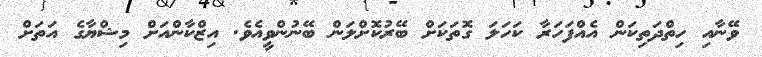
ވޭނާއި ހިތްދަތިކަން އެއްފަހަރާ ކަހަލަ ގޮތަކަށް ބޭރުކޮށްލަން ބޭނުންވީއެވެ. އިޒްކާންއަށް މިޝްޔާގެ އަތަށް